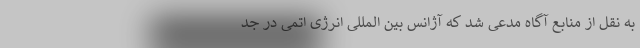
به نقل از منابع آگاه مدعی شد که آژانس بین المللی انرژی اتمی در جد